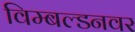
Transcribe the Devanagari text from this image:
विम्बल्डनवर